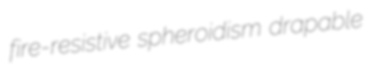
fire-resistive spheroidism drapable